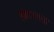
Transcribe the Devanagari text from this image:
होतावाला